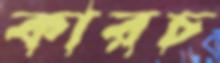
কারচ